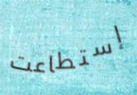
إستطاعت